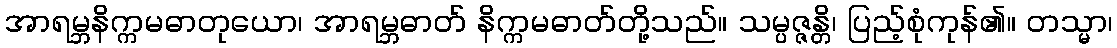
အာရမ္ဘနိက္ကမဓာတုယော၊ အာရမ္ဘဓာတ် နိက္ကမဓာတ်တို့သည်။ သမ္ပဇ္ဇန္တိ၊ ပြည့်စုံကုန်၏။ တသ္မာ၊